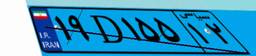
۱۹D۳۱۹۰۲